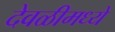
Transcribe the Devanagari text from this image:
देवळीमध्ये